Plague in India, 1896, 1897 - Volume 3
Year: 1896
Disease focus: Plague
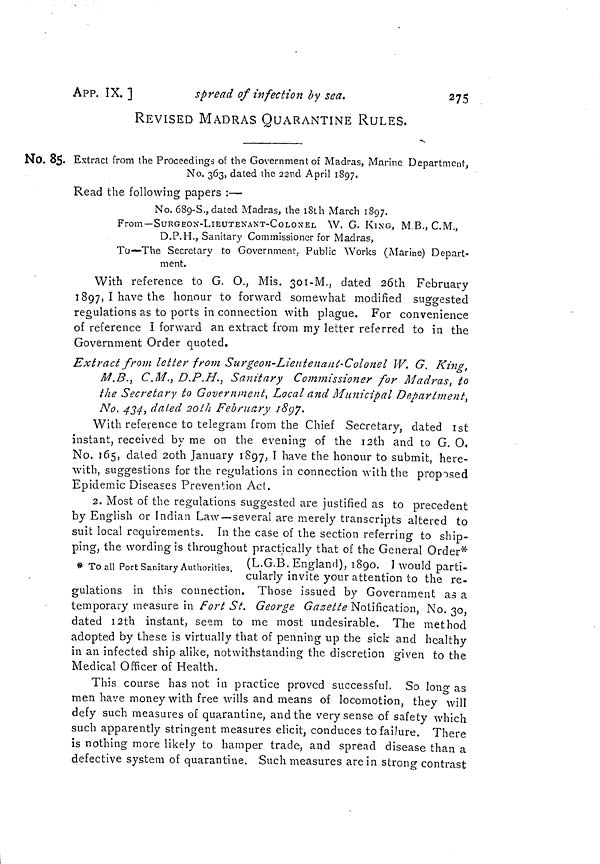
APP. IX.]
spread of infection by sea.
275
REVISED MADRAS QUARANTINE RULES.
No. 85. Extract from the Proceedings of the Government of Madras a Marine Department,
No. 363, dated the 22nd April 1897.
Read the following papers :—
No. 689-S., dated Madras, the 18th March 1897.
From— SURGEON-LlEUTEXANT-COLONEL
W. G. KlNG, M.B., C.M.,
D.P.H., Sanitary Commissioner for Madras,
To—The Secretary to Government. Public Works (Marine) Depart«
ment.
With reference to G. O., Mis. 301-M., dated 26th February
1897, I have the honour to forward somewhat modified suggested
regulations as to ports in connection with plague. For convenience
of reference I forward an extract from my letter referred to in the
Government Order quoted.
Extract from letter from Surgeon-Lieutenant-Colonel W. G. King,
M.B., C.M., D.P.H., Sanitary Commissioner for Madras, to
the Secretary to Government, Local and Municipal Department,
No. 434, dated 20th February 1897.
With reference to telegram from the Chief Secretary, dated 1st
instant, received by me on the evening of the 12th and to G. O.
No. 165, dated 20th January 1897, I have the honour to submit, here-
with, suggestions for the regulations in connection with the proposed
Epidemic Diseases Prevention Act.
2. Most of the regulations suggested are justified as to precedent
by English or Indian Law—several are merely transcripts altered to
suit local requirements. In the case of the section referring to ship-
ping, the wording is throughout practically that of the General Order*
* To all Port Sanitary Authorities. (L.G.B. England), 1890. I would parti-
cularly invite your attention to the re-
gulations in this connection. 1 hose issued by Government asa
temporary measure in Fort S L George Gazette Notification, No. 30,
dated 12th instant, seem to me most undesirable. The method
adopted by these is virtually that of penning up the sick and healthy
in an infected ship alike, notwithstanding the discretion given to the
Medical Officer of Health.
This course has not in practice proved successful. So long as
men have money with free wills and means of locomotion, they will
defy such measures of quarantine, and the very sense of safety which
such apparently stringent measures elicit, conduces tofailure. There
is nothing more likely to hamper trade, and spread disease than a
defective system of quarantine. Such measures are in strong contrast